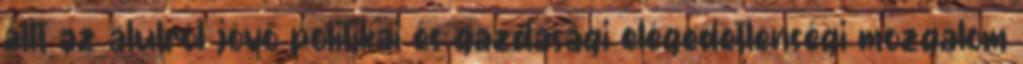
állt az alulról jövő politikai és gazdasági elégedetlenségi mozgalom